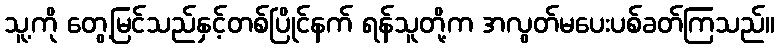
သူ့ကို တွေ့မြင်သည်နှင့်တစ်ပြိုင်နက် ရန်သူတို့က အလွတ်မပေးပစ်ခတ်ကြသည်။